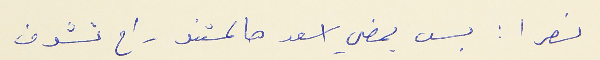
نصرا : بس يمضي اسعد هالمستند راح تشوف